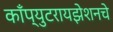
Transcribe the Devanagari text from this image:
काँप्युटरायझेशनचे